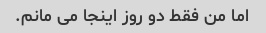
اما من فقط دو روز اینجا می مانم.